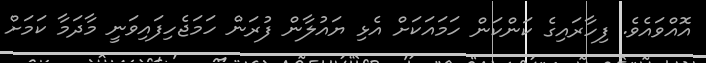
އޮއްވައެވެ. ފިހާރައިގެ ކަންކަން ހަމައަކަށް އެޅި ޔައުލާން ފުރަން ހަމަޖެހިފައިވަނީ މާދަމާ ކަމަށް